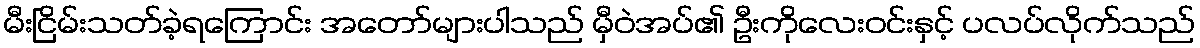
မီးငြိမ်းသတ်ခဲ့ရကြောင်း အတော်များပါသည် မှီဝဲအပ်၏ ဦးကိုလေးဝင်းနှင့် ပလပ်လိုက်သည်